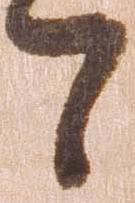
て